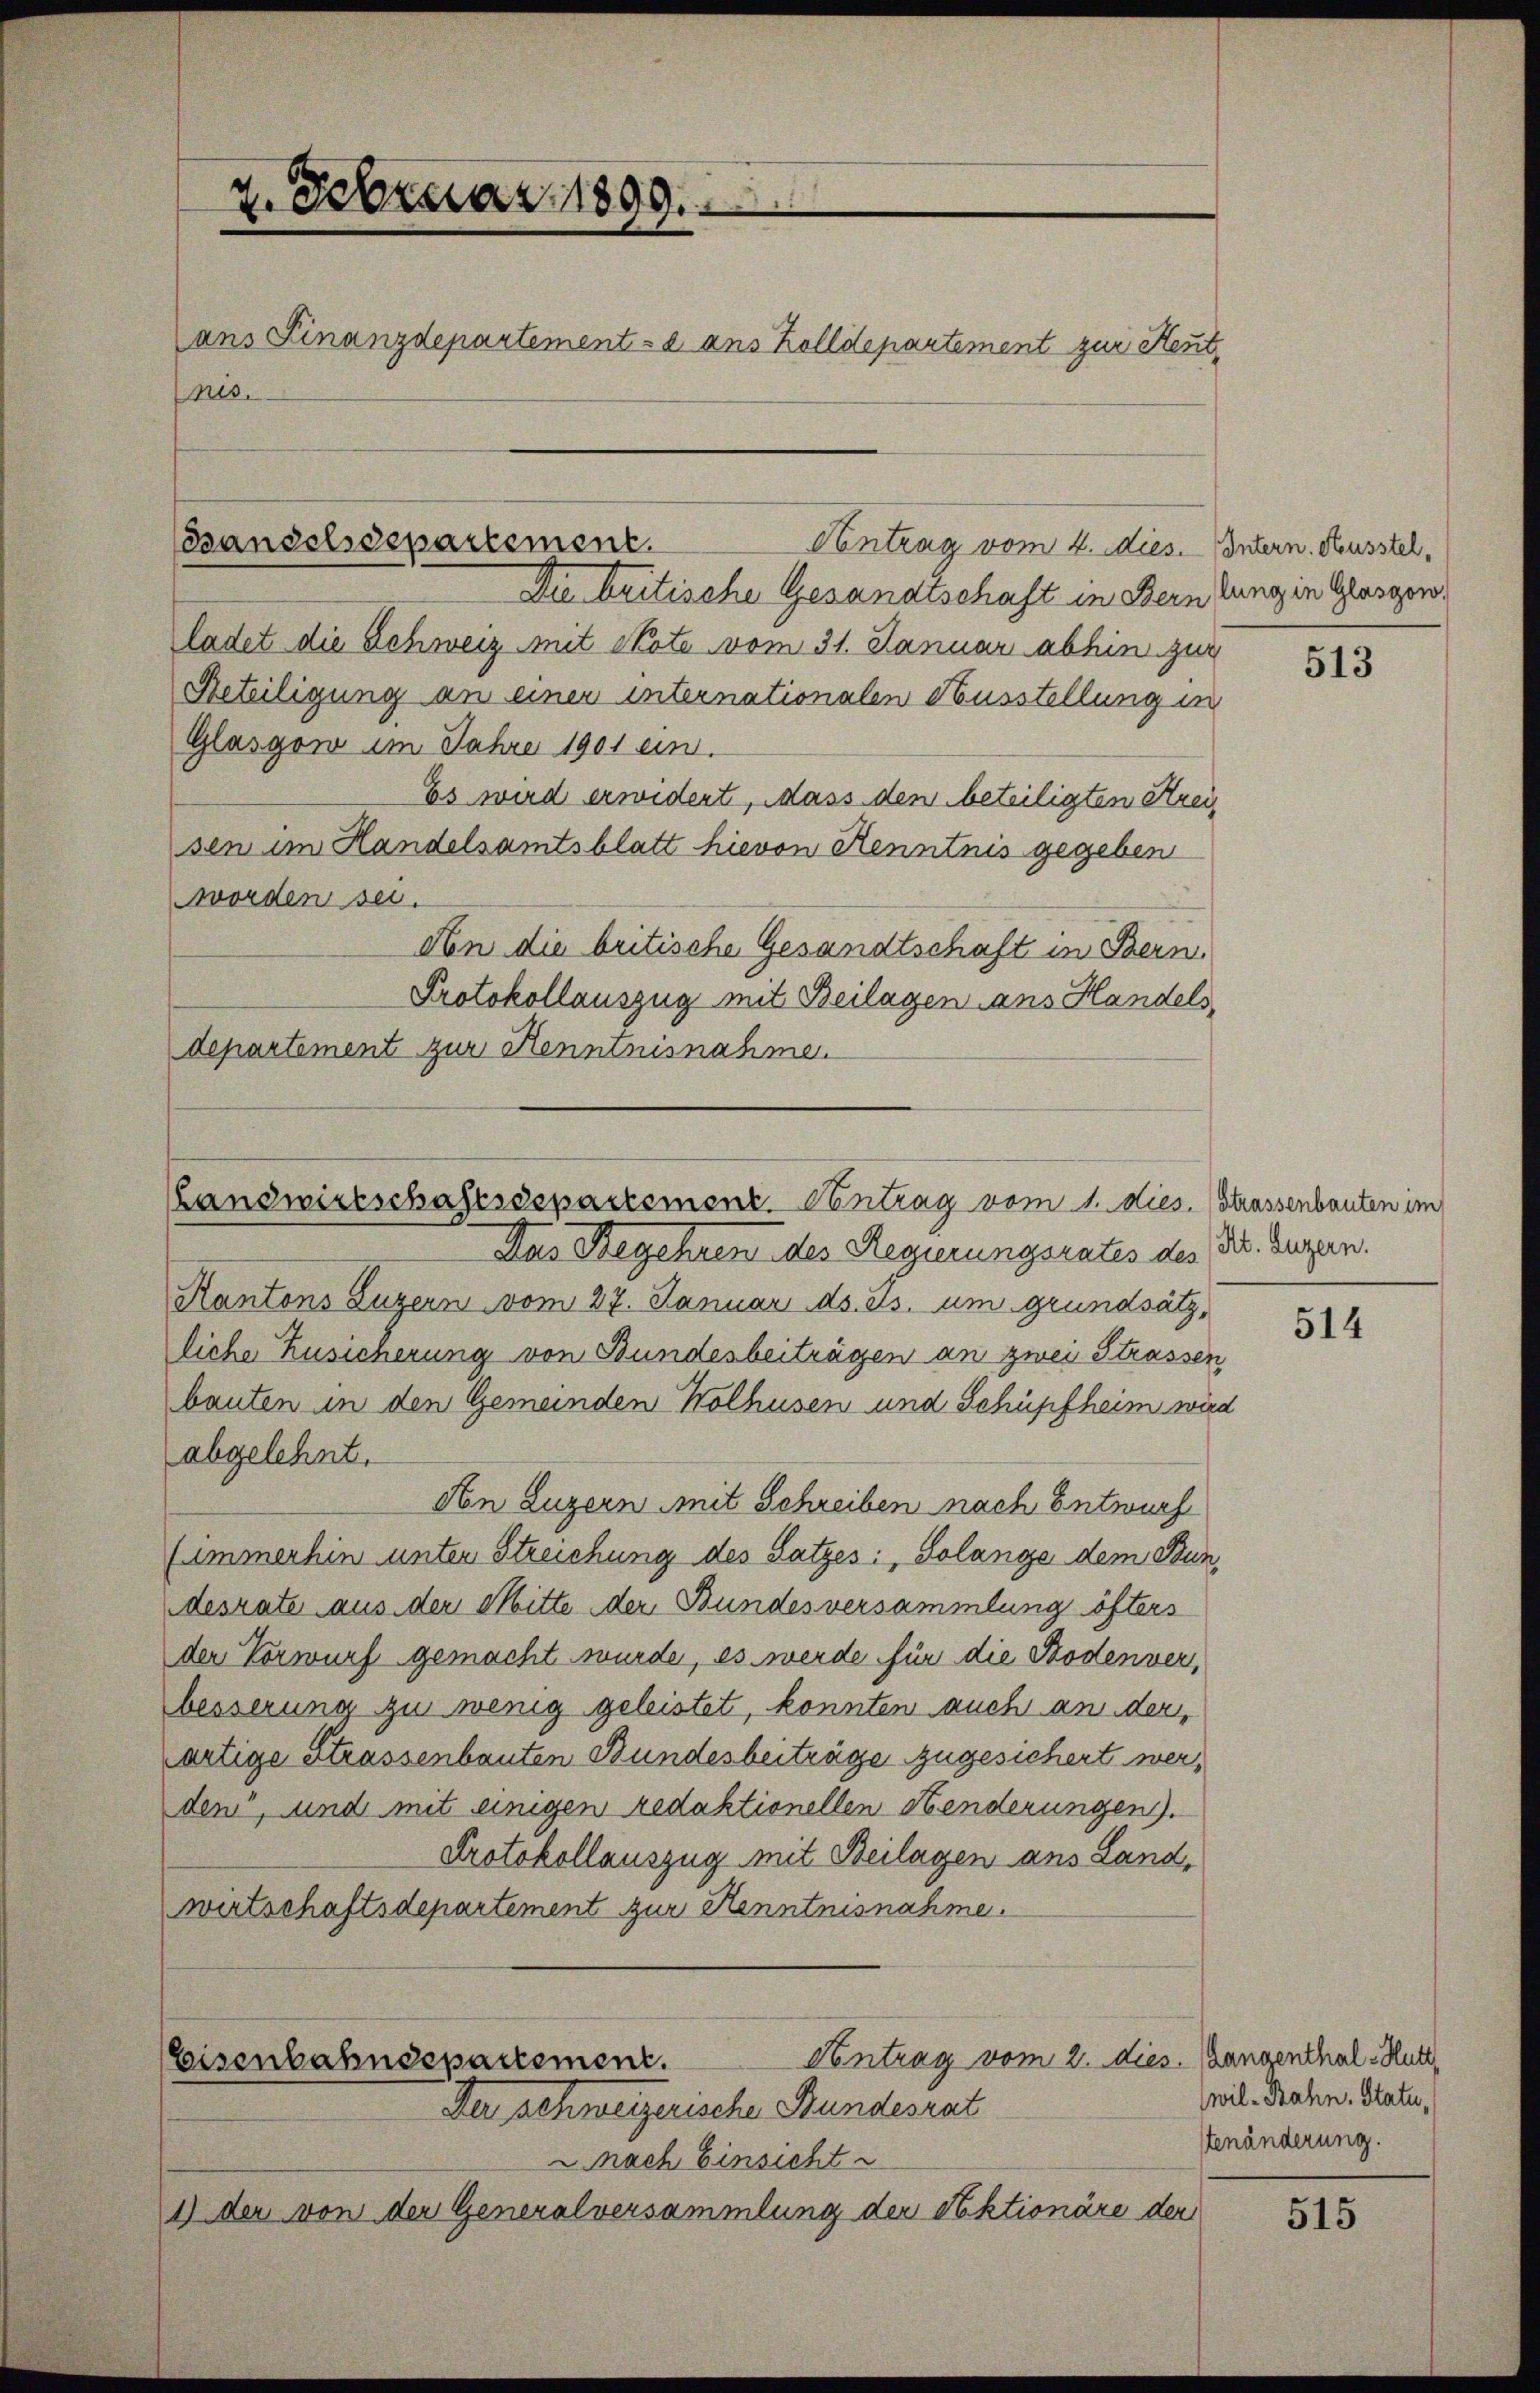
4. Februar 1899.
ans Finanzdepartemente ans Zolldepartement zur Reutnes.

Bandelsdepartement.
Contrag vom 4. dies. Intern. Kusstel¬

Die tritische Gesandtschaft in Bern lung in Glasgewo
ladet die Schweiz mit Note vom 31. Januar abhin zur
Reteiligung an einer internationalen Ausstellung in
Glasgow im Jahre 1901 ein.
Es wird erwidert, dass den beteiligten Kreis
sen im Handelsamtsblatt hievon Kenntnis gegeben
worden sei.
An die britische Gesandtschaft in Bern,
Protokollauszug mit Beilagen ans Handels
departement zur Kenntnisnahme.

Landwirtschaftssepartement. Antrag vom 1. dies

Das Begehren des Regierungsrates des Dr. Luzern.
Kantons Luzern vom 27. Januar ds. ds. um grundsätz
liche Zusicherung von Bundesbeiträgen an zwei Strassen
bauten in den Gemeinden Wolhusen und Schüpfheim wird
abgelehnt.
An Luzern mit Schreiben nach Entwurf
summerhin unter Streichung des Satzes: „Solange dem Bundesrate aus der Mitte der Bundesversammlung öfters
der Vorwurf gemacht wurde, es werde für die Bodenverbesserung zu wenig geleistet, konnten auch an der
artige Strassenbauten Bundesbeiträge zugesichert werden, und mit einigen redaktionellen Henderungen).
Protokollauszug mit Beilagen ans Land-
wirtschaftsdepartement zur Kenntnisnahme.
Antrag vom 2. dies. Bangenthal - Hul
Eisenbahndepartement.
Der schweizerische Stundesrat
nach Einsicht
1) der von der Generalversammlung der Sektionäre der

513

Strassenbauten im

514

wil-Bahn, Statutenänderung.

515